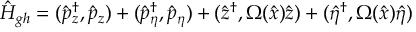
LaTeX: \left( \frac { 1 } { 1 - x _ { 1 } } \right) _ { + } \equiv \left( \frac { 1 } { 1 - x _ { 1 } } \right) - \delta ( 1 - x _ { 1 } ) \int _ { 0 } ^ { 1 } d z \left( \frac { 1 } { 1 - z } \right) \ .